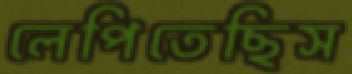
লেপিতেছিস